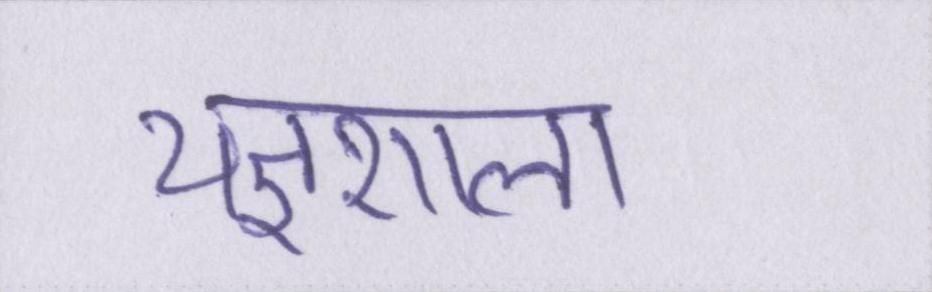
यज्ञशाला